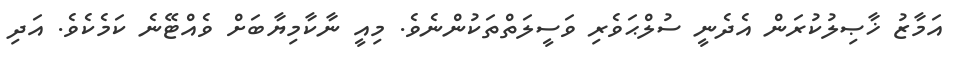
އަމާޒު ޚާޞިލުކުރަން އެދެނީ ސުލްޙަވެރި ވަސީލަތްތަކުންނެވެ. މިއީ ނާކާމިޔާބަށް ވެއްޓޭނެ ކަމެކެވެ. އަދި